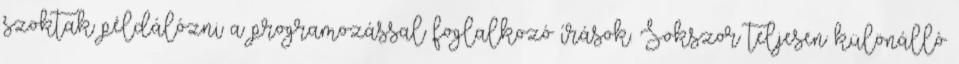
szoktak példálózni a programozással foglalkozó írások. Sokszor teljesen különálló